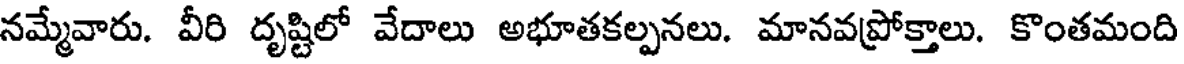
నమ్మేవారు. వీరి దృష్టిలో వేదాలు అభూతకల్పనలు. మానవప్రోక్తాలు. కొంతమంది